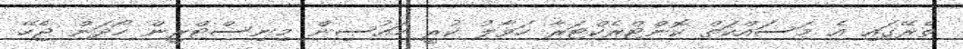
ތެރޭގައި އެ މަސައްކަތް ކޮންޓްރެކްޓަރާ ހަވާލު ކުރީ ހައުސިން މިނިސްޓްރީން ހޯދަން ޖެހޭ